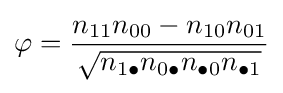
\varphi ={\frac {n_{11}n_{00}-n_{10}n_{01}}{\sqrt {n_{1\bullet }n_{0\bullet }n_{\bullet 0}n_{\bullet 1}}}}